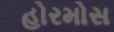
હોરમોસ